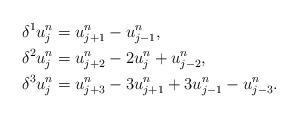
LaTeX: \begin{align*}&\delta^{1}u^{n}_{j}=u^{n}_{j+1}-u^{n}_{j-1}, \\&\delta^{2}u^{n}_{j}=u^{n}_{j+2}-2u^{n}_{j}+u^{n}_{j-2}, \\&\delta^{3}u^{n}_{j}=u^{n}_{j+3}-3u^{n}_{j+1}+3u^{n}_{j-1}-u^{n}_{j-3}. \end{align*}